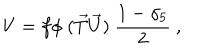
V = f \phi ~ ( \vec { T } \vec { U } ) ~ \frac { 1 - \gamma _ { 5 } } { 2 } ~ ,